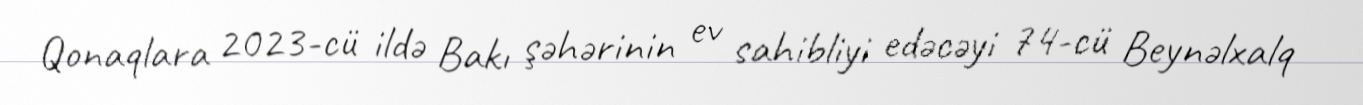
Qonaqlara 2023-cü ildə Bakı şəhərinin ev sahibliyi edəcəyi 74-cü Beynəlxalq